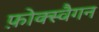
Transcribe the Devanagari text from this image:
फ़ोक्स्वैगन